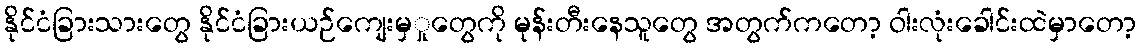
နိုင်ငံခြားသားတွေ နိုင်ငံခြားယဉ်ကျေးမှှုတွေကို မုန်းတီးနေသူတွေ အတွက်ကတော့ ဝါးလုံးခေါင်းထဲမှာတော့